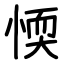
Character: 愞